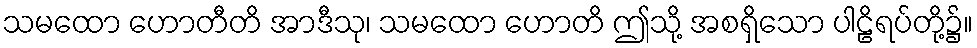
သမထော ဟောတီတိ အာဒီသု၊ သမထော ဟောတိ ဤသို့ အစရှိသော ပါဠိရပ်တို့၌။